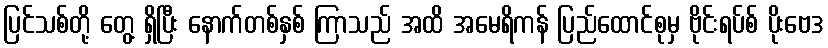
ပြင်သစ်တို့ တွေ့ ရှိပြီး နောက်တစ်နှစ် ကြာသည် အထိ အမေရိကန် ပြည်ထောင်စုမှ ဗိုင်းရပ်စ် ပိုးဗေဒ